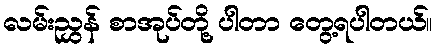
လမ်းညွှန် စာအုပ်တို့ ပါတာ တွေ့ရပါတယ်။